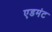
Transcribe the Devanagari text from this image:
एडमंट